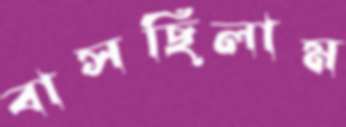
বাসছিলাম